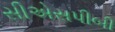
સીએસપીબી